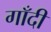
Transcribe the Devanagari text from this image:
गाँदी